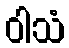
ဝါသံ